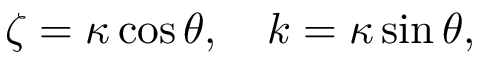
\zeta = \kappa \cos \theta , \quad k = \kappa \sin \theta ,